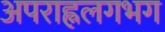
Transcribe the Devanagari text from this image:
अपराह्नलगभग